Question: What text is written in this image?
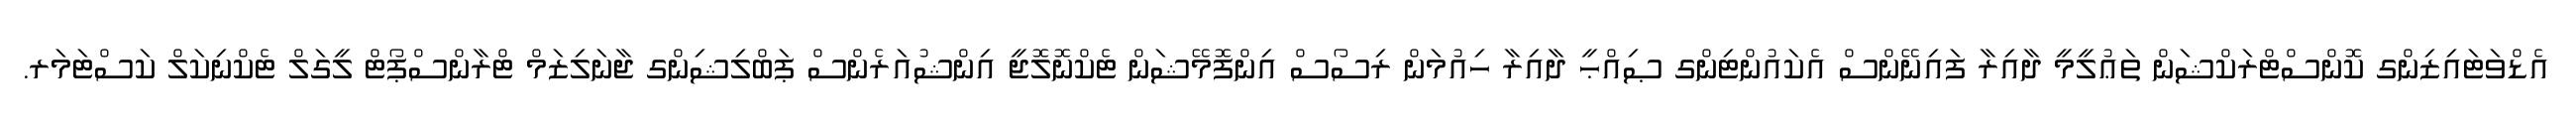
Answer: އެޑްވަޓައިޒިންގ ކޮންސްޓްރަކްޝަން ތަޢުލީމީ ދާއިރާ ފައިނޭންސް އެކައުންޓިންގ ޞިއްޙީ ދާއިރާ ހިއުމަން ރިސޯސް އިންފޮމޭޝަން ޓެކްނޮލޮޖީ އިންޝުއަރެންސް ޕަބްލިޝިންގ ޖާނަލިޒަމް ޓްރާންސްޕޯޓް ލީގަލް ޓެކްނިކަލް ކަސްޓަމަރ.